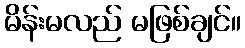
မိန်းမလည် မဖြစ်ချင်။